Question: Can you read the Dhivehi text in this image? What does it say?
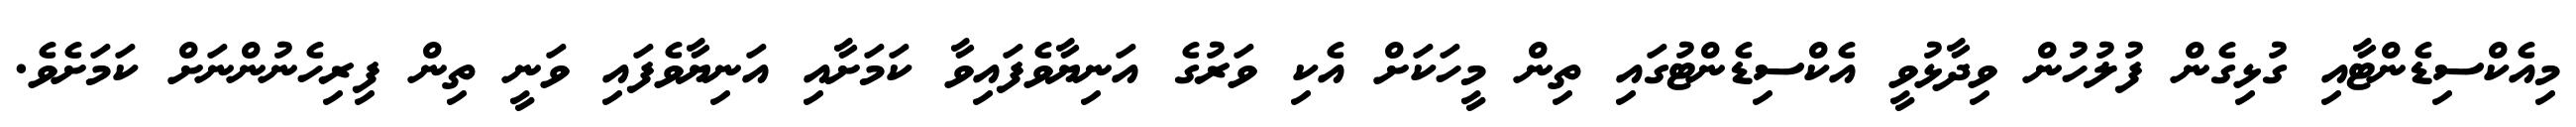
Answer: މިއެކްސިޑެންޓާއި ގުޅިގެން ފުލުހުން ވިދާޅުވީ އެކްސިޑެންޓުގައި ތިން މީހަކަށް އެކި ވަރުގެ އަނިޔާވެފައިވާ ކަމަށާއި އަނިޔާވެފައި ވަނީ ތިން ފިރިހެނުންނަށް ކަމަށެވެ.